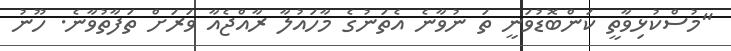
"މުސްކުޅިވާތީ ކަންބޮޑުވަނީ ތަ ނުވާނެ އެތަނުގެ މާހައުލާ ރާއްޖެއާ ވަރަށް ތަފާތުވާނެ. ހޫނު